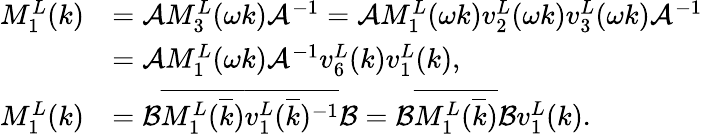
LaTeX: \begin{array}{rl}{M_{1}^{L}(k)}&{=\mathcal{A}M_{3}^{L}(\omega k)\mathcal{A}^{-1}=\mathcal{A}M_{1}^{L}(\omega k)v_{2}^{L}(\omega k)v_{3}^{L}(\omega k)\mathcal{A}^{-1}}\\ &{=\mathcal{A}M_{1}^{L}(\omega k)\mathcal{A}^{-1}v_{6}^{L}(k)v_{1}^{L}(k),}\\ {M_{1}^{L}(k)}&{=\mathcal{B}\overline{{M_{1}^{L}(\overline{{k}})}}\overline{{v_{1}^{L}(\overline{{k}})^{-1}}}\mathcal{B}=\mathcal{B}\overline{{M_{1}^{L}(\overline{{k}})}}\mathcal{B}v_{1}^{L}(k).}\end{array}